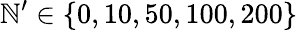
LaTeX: \mathbb{N}^{\prime}\in\{ 0,10,50,100,200\}